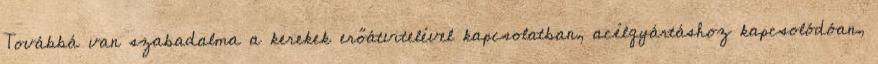
Továbbá van szabadalma a kerekek erőátvitelével kapcsolatban, acélgyártáshoz kapcsolódóan,